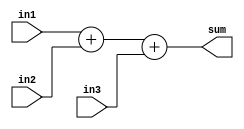
module op3adder
#(parameter N = 8)
(
	input wire [N-1:0] in1,
	input wire [N-1:0] in2,
	input wire [N-1:0] in3,
	output wire [N-1:0] sum
);

assign sum = in1 + in2 + in3;

endmodule